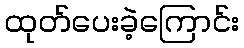
ထုတ်ပေးခဲ့ကြောင်း